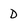
Character: D